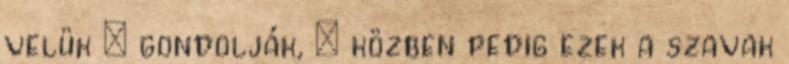
velük – gondolják, – közben pedig ezek a szavak